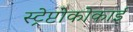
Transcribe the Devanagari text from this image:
स्ट्रेप्टोकोकाई